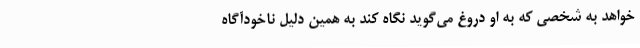
‌خواهد به شخصی که به او دروغ می‌گوید نگاه کند به همین دلیل ناخودآگاه